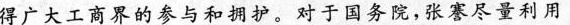
得广大工商界的参与和拥护。对于国务院，张謇尽量利用